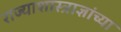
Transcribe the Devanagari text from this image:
राज्याशास्त्राज्ञांच्या